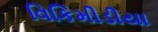
વિકિમીડીયા